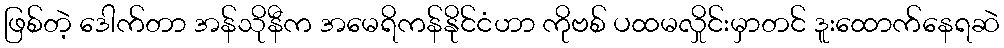
ဖြစ်တဲ့ ဒေါက်တာ အန်သိုနီက အမေရိကန်နိုင်ငံဟာ ကိုဗစ် ပထမလှိုင်းမှာတင် ဒူးထောက်နေရဆဲ